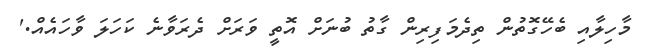
މާހިލާއި ބެހޭގޮތުން ތިދެމަފިރިން ގާތު ބުނަށް އޮތީ ވަރަށް ދެރަވާނެ ކަހަލަ ވާހައެއް.'